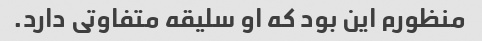
منظورم این بود که او سلیقه متفاوتی دارد.